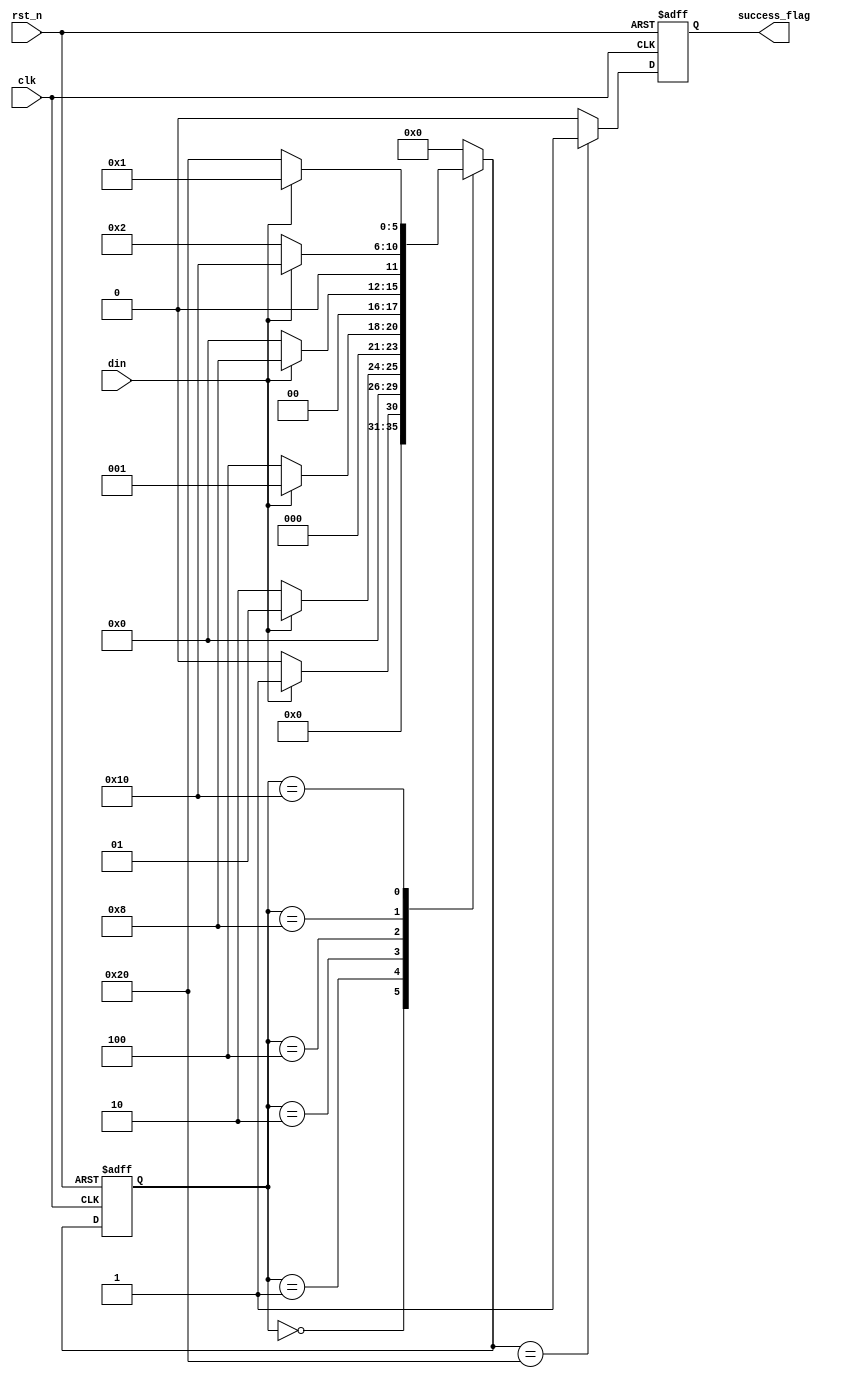
//by caoyuming
//on 2021-07-17
`define DLY #1

module seq_chk_fsm(
    input wire clk,
    input wire rst_n,

    input wire din,
    output reg success_flag
);

//parameter


localparam IDLE = 6'b00_0000;
localparam S1_1 = 6'b00_0001;
localparam S2_10 = 6'b00_0010;
localparam S3_100 = 6'b00_0100;
localparam S4_1001 = 6'b00_1000;
localparam S5_10011 = 6'b01_0000;
localparam S6_100110 = 6'b10_0000;


//internal wires and regs
reg [5:0] c_state;
reg [5:0] n_state;



//1st always in fsm

always @(posedge clk, negedge rst_n) begin
    if(!rst_n) begin
        c_state <= IDLE;
    end
    else begin
        c_state <= `DLY n_state;
    end
end

//2nd always in fsm
//! fsm_extract
always @(*) begin
    n_state = 3'bx;

    case(c_state) 
        IDLE: begin
            n_state = (din)? S1_1 : IDLE;
        end

        S1_1: begin
            n_state = (din)? S1_1 : S2_10;
        end

        S2_10: begin
            n_state = (din)? S1_1 : S3_100;
        end

        S3_100: begin
            n_state = (din)? S4_1001 : IDLE;
        end
        
        S4_1001: begin
            n_state = (din)? S5_10011 : S2_10;
        end

        S5_10011: begin
            n_state = (din)? S1_1 : S6_100110;
        end

        S6_100110: begin
            n_state = IDLE;
        end

        default: n_state = IDLE;
    
    endcase
end

// 3rd always in fsm

always @(posedge clk, negedge rst_n) begin
    if(!rst_n) begin
        success_flag <= 1'b0;
    end
    else begin
        if(n_state == S6_100110) begin
            success_flag <= `DLY 1'b1;
        end
        else begin
            success_flag <= `DLY 1'b0;
        end
    end
end


endmodule